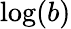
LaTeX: {\log(b)}